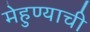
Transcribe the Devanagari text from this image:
मेहुण्याची